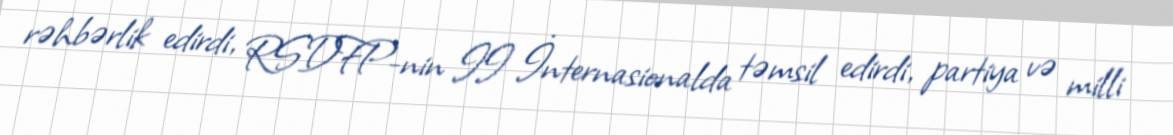
rəhbərlik edirdi, RSDFP-nin II İnternasionalda təmsil edirdi, partiya və milli